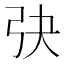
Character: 𢎹